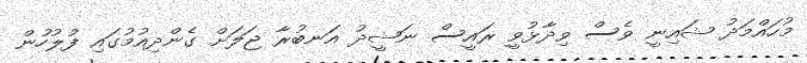
މުހައްމަދު ޝައިނީ ވެސް ވިދާޅުވީ ރައީސް ނަޝީދު އަނބުރާ ޖަލަށް ގެންދިއުމުގައި ފުލުހުން